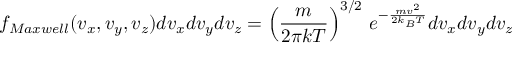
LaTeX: f _ { M a x w e l l } ( v _ { x } , v _ { y } , v _ { z } ) d v _ { x } d v _ { y } d v _ { z } = \left( { \frac { m } { 2 \pi k T } } \right) ^ { 3 / 2 } \, e ^ { - { \frac { m v ^ { 2 } } { 2 k _ { B } T } } } d v _ { x } d v _ { y } d v _ { z }